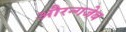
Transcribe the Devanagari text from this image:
औरन्गजेब